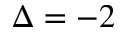
\Delta = - 2